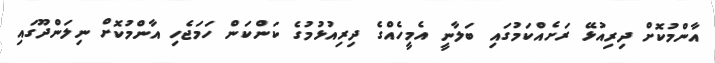
އާންމުކޮށް ދިރިއުޅޭ ރަށެއްކަމުގައި ބަލާނީ އެމީހެއްގެ ދިރިއުޅުމުގެ ކަންކަން ހަމަޖެހި އާންމުކޮށް ނިލަންދޫގައި